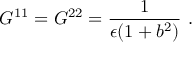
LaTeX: G ^ { 1 1 } = G ^ { 2 2 } = \frac { 1 } { \epsilon ( 1 + b ^ { 2 } ) } ~ .